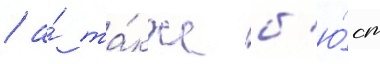
/ а́ та́кже б'ю́ст